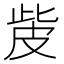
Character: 𤿙